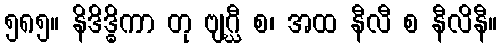
၅၈၅။ နိဒိဒ္ဓိကာ တု ဗျဂ္ဃီ စ၊ အထ နီလီ စ နီလိနီ။